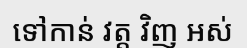
ទៅកាន់ វត្ត វិញ ឣស់